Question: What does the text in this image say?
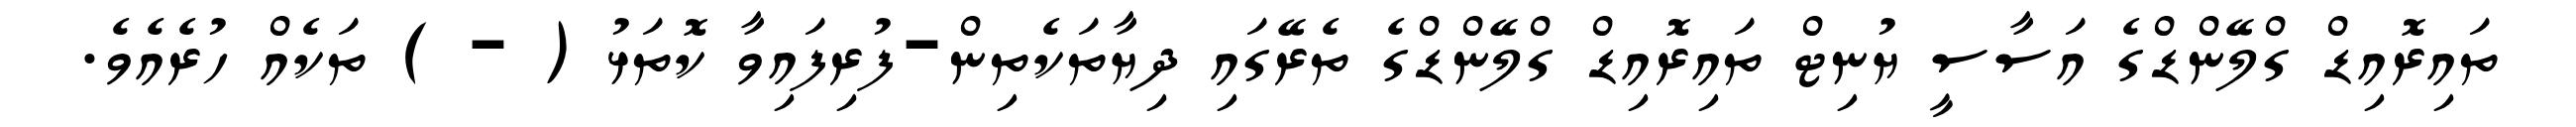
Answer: ތައިރޮއިޑް ގްލޭންޑްގެ އަސާސީ ޔުނިޓް ތައިރޮއިޑް ގްލޭންޑްގެ ތެރޭގައި ދިޔާތަކެތިން-ފުރިފައިވާ ކޮތަޅު ( - ) ތަކެއް ހުރެއެވެ.